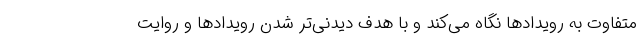
متفاوت به رویدادها نگاه می‌کند و با هدف دیدنی‌تر شدن رویدادها و روایت